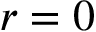
r = 0